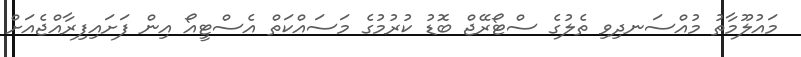
މައުލޫމާތު މުއްސަނދިވި ތެލުގެ ސްޓޯރޭޖް ބޮޑު ކުރުމުގެ މަސައްކަތް އެސްޓީއޯ އިން ފަށައިފިރާއްޖެއަށް